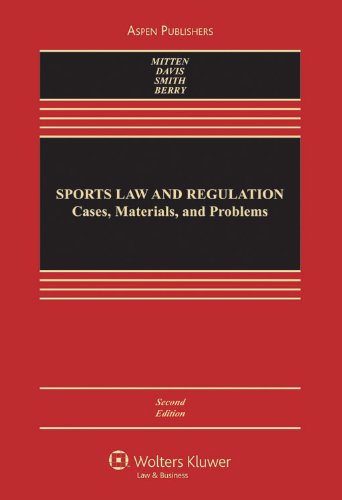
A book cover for Sports Law and Regulation 2e; Matthew Mitten; Law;